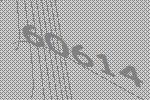
60614